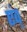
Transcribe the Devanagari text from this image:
एंव्